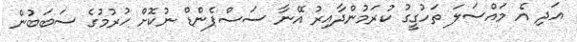
އަދި އެ މައްސަލަ ތަހުގީގު ކުރަމުންދާއިރު އޭނާ ސަސްޕެންޑް ނުކޮށް ހުރުމުގެ ސަބަބުން